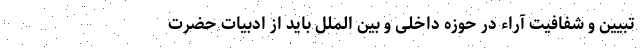
تبیین و شفافیت آراء در حوزه داخلی و بین الملل باید از ادبیات حضرت